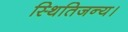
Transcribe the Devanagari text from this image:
स्थितिजन्य।